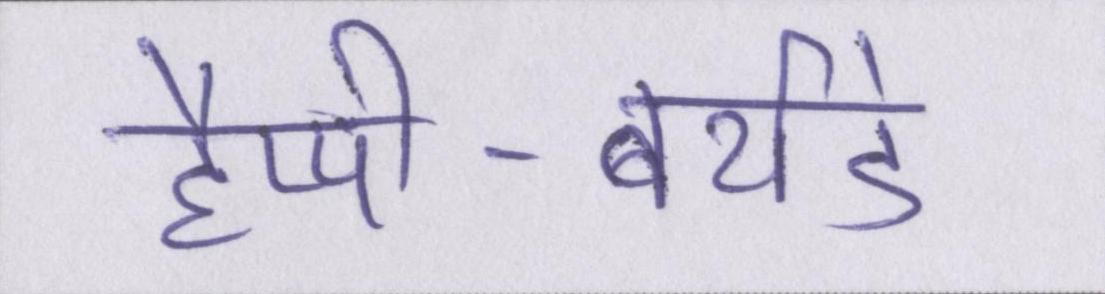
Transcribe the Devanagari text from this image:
हैप्पी-बर्थडे